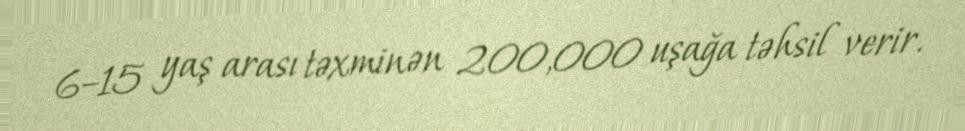
6–15 yaş arası təxminən 200,000 uşağa təhsil verir.